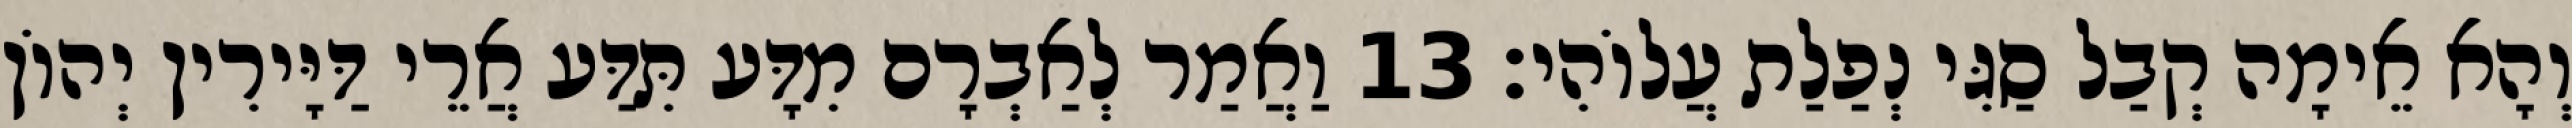
וְהָא אֵימָה קְבַל סַגִּי נְפַלַת עֲלוֹהִי׃ 13 וַאֲמַר לְאַבְרָם מִדָּע תִּדַּע אֲרֵי דַּיָּירִין יְהוֹן